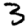
Digit: 3